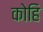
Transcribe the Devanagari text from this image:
कोहि